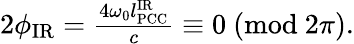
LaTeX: \begin{array}{r}{2\phi_{\mathrm{IR}}=\frac{4\omega_{0}l_{\mathrm{PCC}}^{\mathrm{IR}}}{c}\equiv 0\ (\mathrm{mod}\ 2\pi).}\end{array}